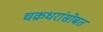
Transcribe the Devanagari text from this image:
चक्रधरांसोबत